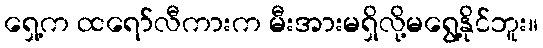
ရှေ့က ထရော်လီကားက မီးအားမရှိလို့မရွေ့နိုင်ဘူး။